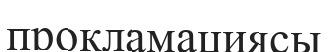
прокламациясы